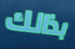
بذالك